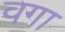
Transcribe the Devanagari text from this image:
वगा